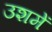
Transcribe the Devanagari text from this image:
उशमें